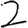
Digit: 2